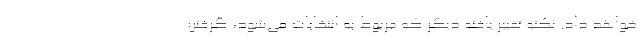
خواهد داد. نکته تغییر یافته دیگر که مربوط به انتخابات می‌شود، گرفتن